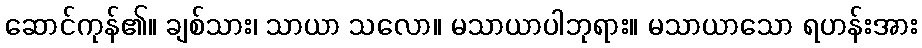
ဆောင်ကုန်၏။ ချစ်သား၊ သာယာ သလော။ မသာယာပါဘုရား။ မသာယာသော ရဟန်းအား